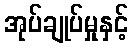
အုပ်ချုပ်မှုနှင့်